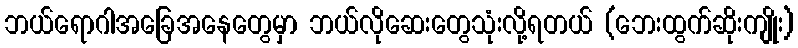
ဘယ်ရောဂါအခြေအနေတွေမှာ ဘယ်လိုဆေးတွေသုံးလို့ရတယ် (ဘေးထွက်ဆိုးကျိုး)